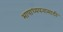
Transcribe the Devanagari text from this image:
भाषाध्ययनासाठी